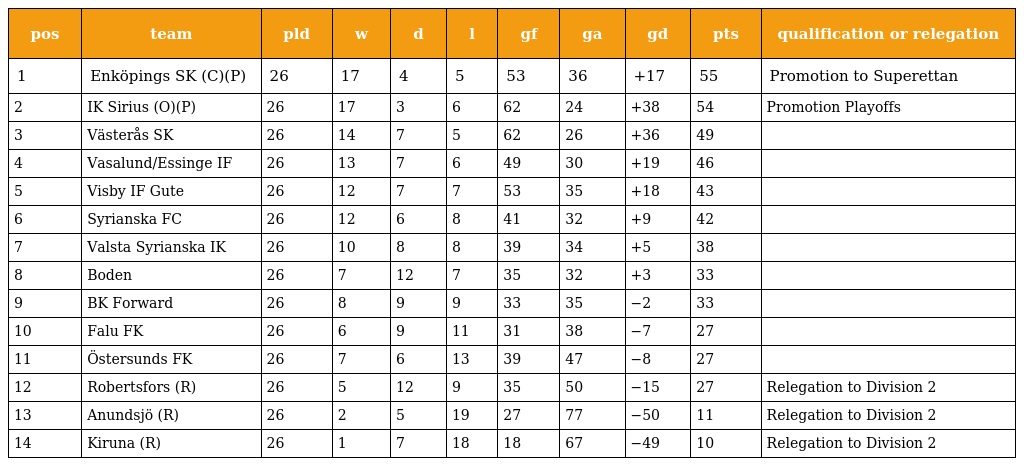
| pos | team | pld | w | d | l | gf | ga | gd | pts | qualification or relegation |
 | --- | --- | --- | --- | --- | --- | --- | --- | --- | --- | --- |
 | 1 | Enköpings SK (C)(P) | 26 | 17 | 4 | 5 | 53 | 36 | +17 | 55 | Promotion to Superettan |
 | 2 | IK Sirius (O)(P) | 26 | 17 | 3 | 6 | 62 | 24 | +38 | 54 | Promotion Playoffs |
 | 3 | Västerås SK | 26 | 14 | 7 | 5 | 62 | 26 | +36 | 49 |  |
 | 4 | Vasalund/Essinge IF | 26 | 13 | 7 | 6 | 49 | 30 | +19 | 46 |  |
 | 5 | Visby IF Gute | 26 | 12 | 7 | 7 | 53 | 35 | +18 | 43 |  |
 | 6 | Syrianska FC | 26 | 12 | 6 | 8 | 41 | 32 | +9 | 42 |  |
 | 7 | Valsta Syrianska IK | 26 | 10 | 8 | 8 | 39 | 34 | +5 | 38 |  |
 | 8 | Boden | 26 | 7 | 12 | 7 | 35 | 32 | +3 | 33 |  |
 | 9 | BK Forward | 26 | 8 | 9 | 9 | 33 | 35 | −2 | 33 |  |
 | 10 | Falu FK | 26 | 6 | 9 | 11 | 31 | 38 | −7 | 27 |  |
 | 11 | Östersunds FK | 26 | 7 | 6 | 13 | 39 | 47 | −8 | 27 |  |
 | 12 | Robertsfors (R) | 26 | 5 | 12 | 9 | 35 | 50 | −15 | 27 | Relegation to Division 2 |
 | 13 | Anundsjö (R) | 26 | 2 | 5 | 19 | 27 | 77 | −50 | 11 | Relegation to Division 2 |
 | 14 | Kiruna (R) | 26 | 1 | 7 | 18 | 18 | 67 | −49 | 10 | Relegation to Division 2 |